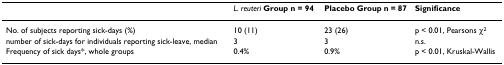
|  | L. reuteri Group n = 94 | Placebo Group n = 87 | Significance |
 | --- | --- | --- | --- |
 | No. of subjects reporting sick-days (%) | 10 (11) | 23 (26) | p < 0.01, Pearsons χ2 |
 | number of sick-days for individuals reporting sick-leave, median | 3 | 3 | n.s. |
 | Frequency of sick days*, whole groups | 0.4% | 0.9% | p < 0.01, Kruskal-Wallis |